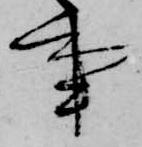
事